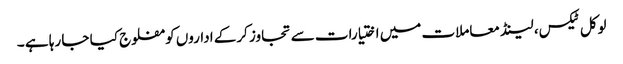
لوکل ٹیکس، لینڈ معاملات میں اختیارات سے تجاوز کرکے اداروں کو مفلوج کیا جا رہا ہے ۔